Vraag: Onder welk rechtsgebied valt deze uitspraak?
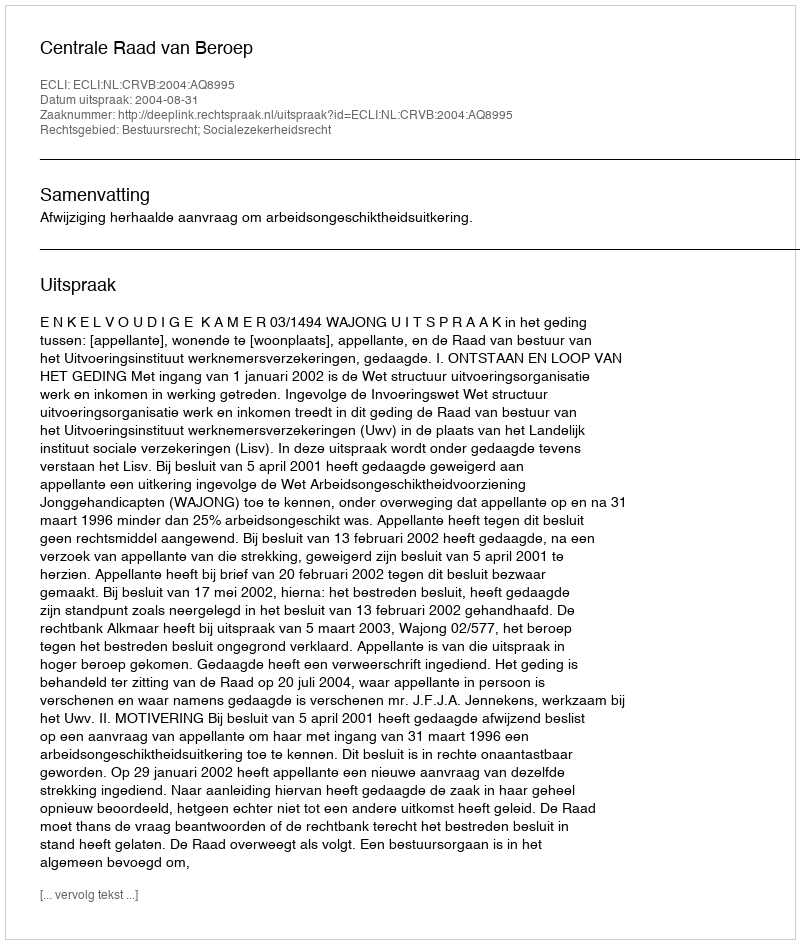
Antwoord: Bestuursrecht; Socialezekerheidsrecht